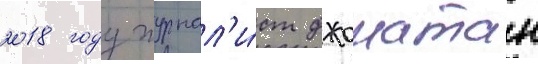
2018 году журнал'и́ст джонатан